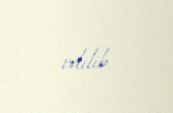
edilib.